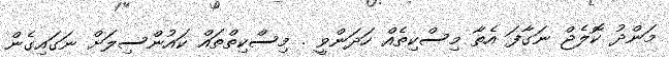
މަންދު ކޮލެޖް ނަގާފަ އެތާ މިސްކިތެއް ހަދަންވީ . މިސްކިތްތައް ކައުންސިލަށް ނަގައިގެން